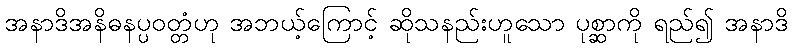
အနာဒိအနိဓနပ္ပဝတ္တံဟု အဘယ့်ကြောင့် ဆိုသနည်းဟူသော ပုစ္ဆာကို ရည်၍ အနာဒိ